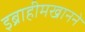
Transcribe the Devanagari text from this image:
इब्राहीमखानने